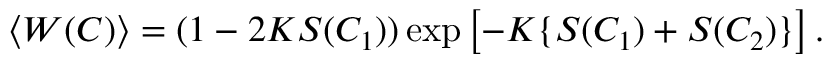
\langle W ( C ) \rangle = ( 1 - 2 K S ( C _ { 1 } ) ) \exp \left[ - K \{ S ( C _ { 1 } ) + S ( C _ { 2 } ) \} \right] .